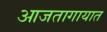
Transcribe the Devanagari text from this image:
आजतागायात